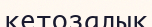
кетозалық